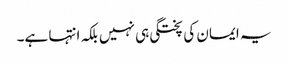
یہ ایمان کی پختگی ہی نہیں بلکہ انتہا ہے۔